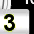
Digit: 3